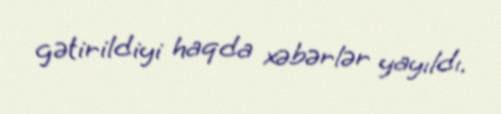
gətirildiyi haqda xəbərlər yayıldı.